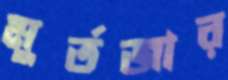
মুর্তজার